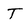
Character: T